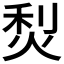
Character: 𤉌